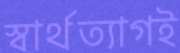
স্বার্থত্যাগই